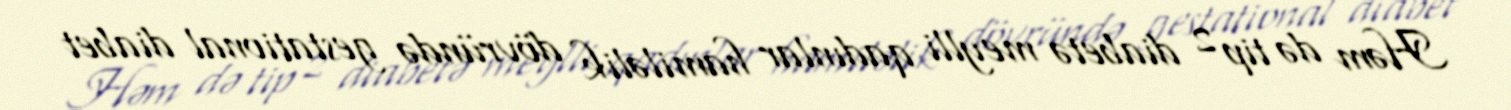
Həm də tip 2 diabetə meylli qadınlar hamiləlik dövründə gestational diabet